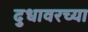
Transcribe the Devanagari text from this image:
दुधावरच्या